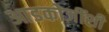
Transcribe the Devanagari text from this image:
आडकोजींशी